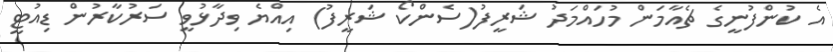
އެ ކުންފުނީގެ ޗެއާމަން މުހައްމަދު ޝަރީފު(ސެންކޯ ޝަރީފު) އިއްޔެ ވިދާޅުވީ ސަރުކާރުން ޑިއުޓީ